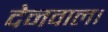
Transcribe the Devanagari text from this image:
देनवाल।